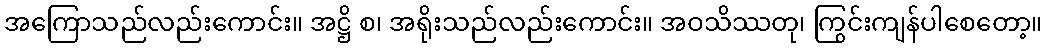
အကြောသည်လည်းကောင်း။ အဋ္ဌိ စ၊ အရိုးသည်လည်းကောင်း။ အဝသိဿတု၊ ကြွင်းကျန်ပါစေတော့။